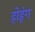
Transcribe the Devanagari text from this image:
होइंग